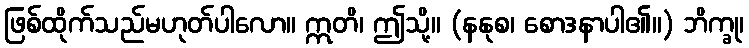
ဖြစ်ထိုက်သည်မဟုတ်ပါလော။ ဣတိ၊ ဤသို့။ (နနုစ၊ စောဒနာပါ၏။) ဘိက္ခု၊